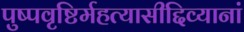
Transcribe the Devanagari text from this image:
पुष्पवृष्टिर्महत्यासीद्दिव्यानां